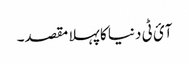
آئ ٹی دنیا کا پہلا مقصد۔